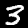
Label: 3